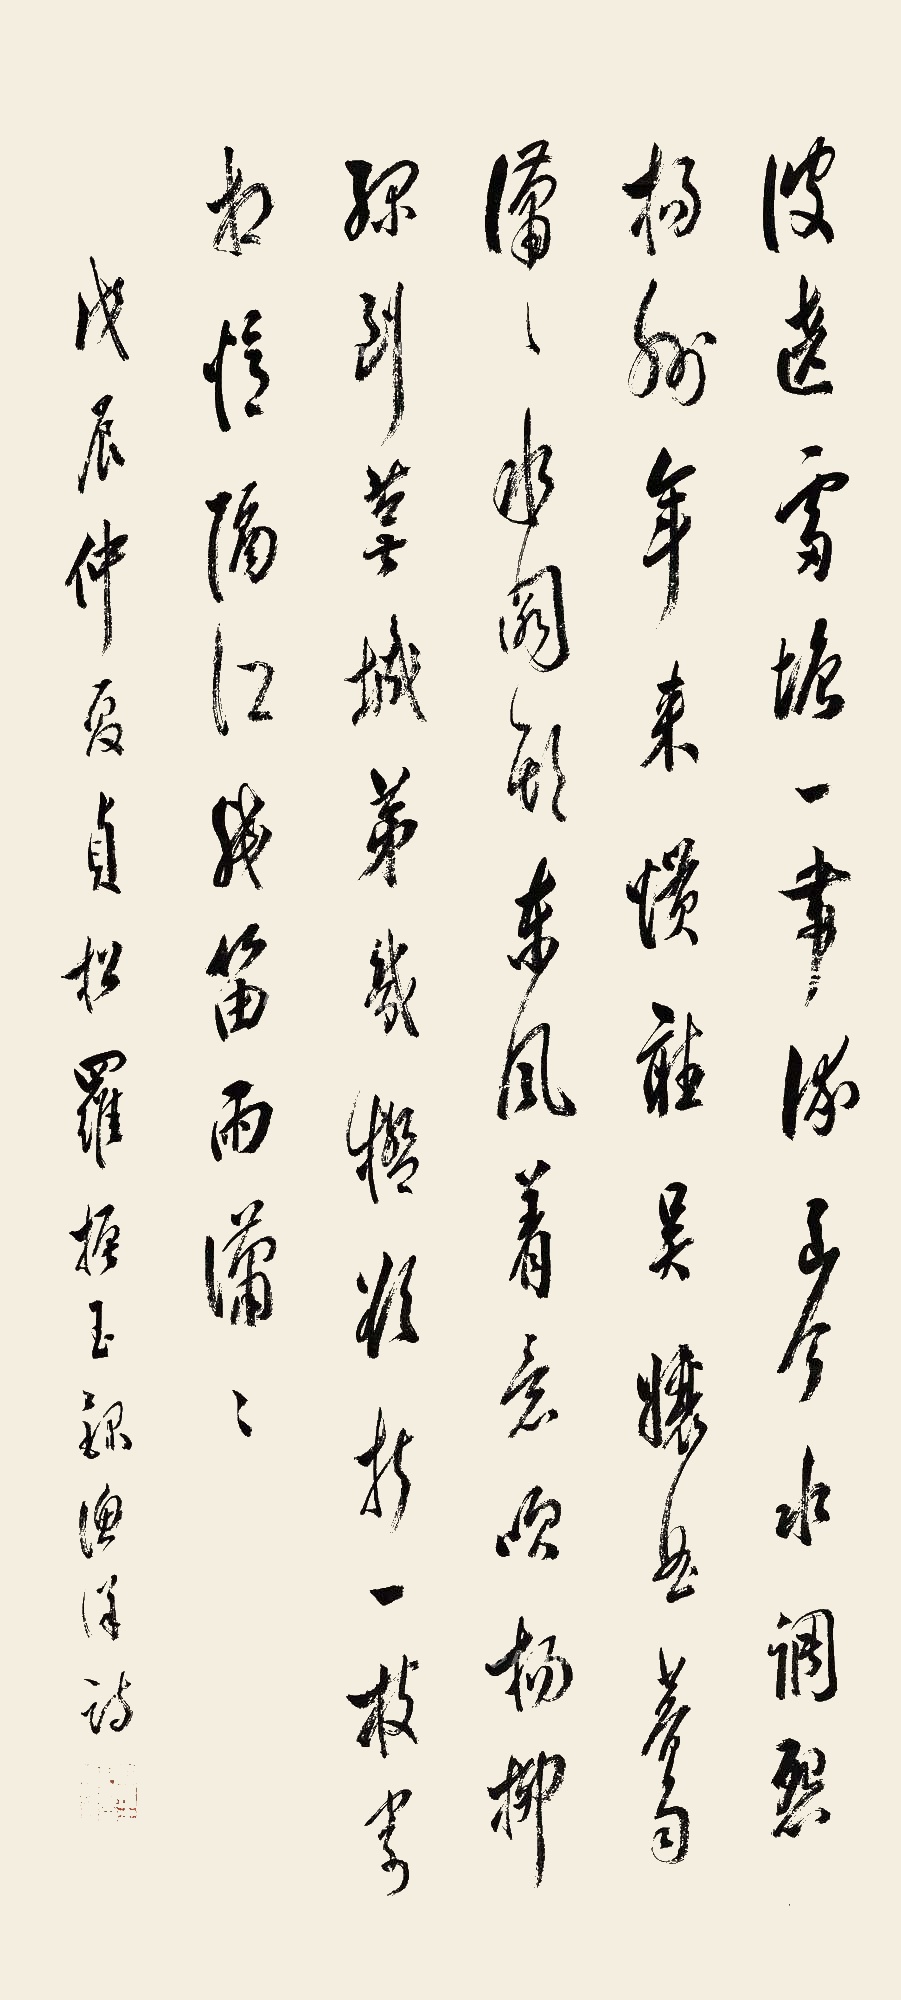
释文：波绕雷塘一带流，至今水调怨扬州。年来惯听吴娘曲，暮雨潇潇水弟头。东风着意吹杨柳，绿到芜城第几桥?欲折一枝寄相忆，隔江残笛雨萧萧。戊辰仲夏，贞松罗振玉录《渔洋》诗。